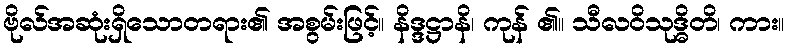
ဗိုလ်အဆုံးရှိသောတရား၏ အစွမ်းဖြင့်။ နိဒ္ဒဋ္ဌာနိ၊ ကုန် ၏။ သီလဝိသုဒ္ဓိတိ၊ ကား။